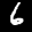
Label: 6